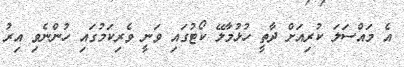
އެ މައްސަލަ ކުރިއަށް ދާތީ ހުޅުމާލޭ ކޯޓުގައި ވަނީ ވެރިކަމުގައި ހުންނެވި އިރު